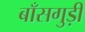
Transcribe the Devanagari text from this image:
बाँसगुड़ी